Report on sanitation, dispensaries, and jails in Rajputana for 1914, and on vaccination for the year 1914-1915 - 1914-1915
Year: 1914
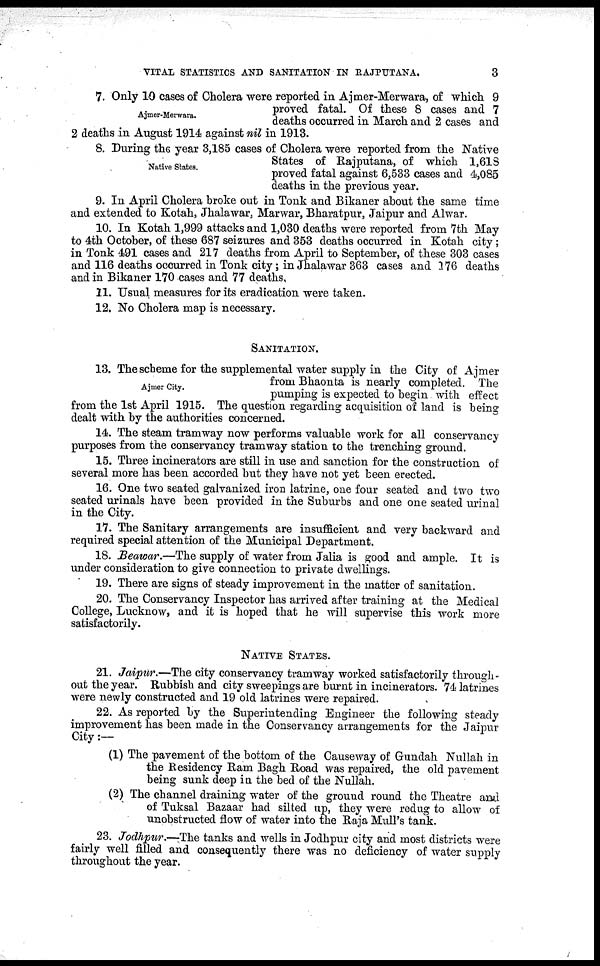
VITAL STATISTICS AND SANITATION IN RAJPUTANA.
3
Ajmer-Merwara.
7. Only 10 cases of Cholera were reported in Ajmer-Merwara, of which 9
proved fatal. Of these 8 cases and 7
deaths occurred in March and 2 cases and
2 deaths in August 1914 against nil in 1913.
Native States.
8. During the year 3,185 cases of Cholera were reported from the Native
States of Rajputana, of which 1,618
proved fatal against 6,533 cases and 4,085
deaths in the previous year.
9. In April Cholera broke out in Tonk and Bikaner about the same time
and extended to Kotah, Jhalawar, Marwar, Bharatpur, Jaipur and Alwar.
10. In Kotah 1,999 attacks and 1,030 deaths were reported from 7th May
to 4th October, of these 687 seizures and 353 deaths occurred in Kotah city ;
in Tonk 491 cases and 217 deaths from April to September, of these 303 cases
and 116 deaths occurred in Tonk city; in Jhalawar 363 cases and 176 deaths
and in Bikaner 170 cases and 77 deaths,
11. Usual measures for its eradication were taken.
12. No Cholera map is necessary.
SANITATION.
Ajmer City.
13. The scheme for the supplemental water supply in the City of Ajmer
from Bhaonta is nearly completed. The
pumping is expected to begin with effect
from the 1st April 1915. The question regarding acquisition of land is being
dealt with by the authorities concerned.
14. The steam tramway now performs valuable work for all conservancy
purposes from the conservancy tramway station to the trenching ground.
15. Three incinerators are still in use and sanction for the construction of
several more has been accorded but they have not yet been erected.
16. One two seated galvanized iron latrine, one four seated and two two
seated urinals have been provided in the Suburbs and one one seated urinal
in the City.
17. The Sanitary arrangements are insufficient and very backward and
required special attention of the Municipal Department.
18. Beawar.—The supply of water from Jalia is good and ample. It is
under consideration to give connection to private dwellings.
19. There are signs of steady improvement in the matter of sanitation.
20. The Conservancy Inspector has arrived after training at the Medical
College, Lucknow, and it is hoped that he will supervise this work more
satisfactorily.
NATIVE STATES.
21. Jaipur.—The city conservancy tramway worked satisfactorily through-
out the year. Rubbish and city sweepings are burnt in incinerators. 74 latrines
were newly constructed and 19 old latrines were repaired.
22. As reported by the Superintending Engineer the following steady
improvement has been made in the Conservancy arrangements for the Jaipur
City :—
(1) The pavement of the bottom of the Causeway of Gundah Nullah in
the Residency Ram Bagh Road was repaired, the old pavement
being sunk deep in the bed of the Nullah.
(2) The channel draining water of the ground round the Theatre and
of Tuksal Bazaar had silted up, they were redug to allow of
unobstructed flow of water into the Raja Mull's tank.
23. Jodhpur.—The tanks and wells in Jodhpur city and most districts were
fairly well filled and consequently there was no deficiency of water supply
throughout the year.